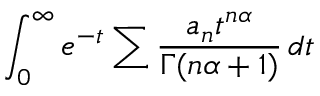
\int _ { 0 } ^ { \infty } e ^ { - t } \sum { \frac { a _ { n } t ^ { n \alpha } } { \Gamma ( n \alpha + 1 ) } } \, d t